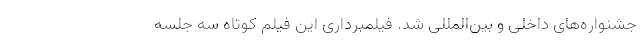
جشنواره‌های داخلی و بین‌المللی شد. فیلمبرداری این فیلم کوتاه سه جلسه